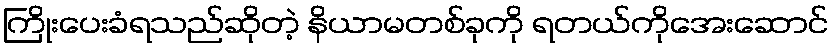
ကြိုးပေးခံရသည်ဆိုတဲ့ နိယာမတစ်ခုကို ရတယ်ကိုအေးဆောင်